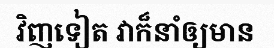
វិញទៀត វាក៏នាំឲ្យមាន